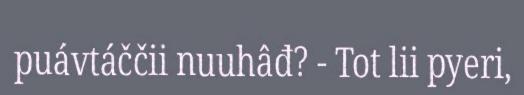
puávtáččii nuuhâđ? - Tot lii pyeri,